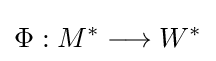
\Phi :M^{*}\longrightarrow W^{*}